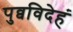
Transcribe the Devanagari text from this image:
पुव्वविदेहं